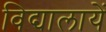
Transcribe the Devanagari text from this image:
विद्यालायें